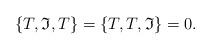
LaTeX: \begin{align*}\{T, {\frak I}, T\} = \{T, T, {\frak I}\} = 0.\end{align*}